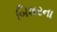
બિશરના